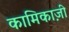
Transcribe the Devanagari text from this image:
कामिकाज़ी